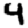
Digit: 4